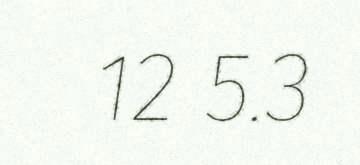
12 5.3